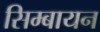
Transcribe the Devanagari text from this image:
सिम्बायन